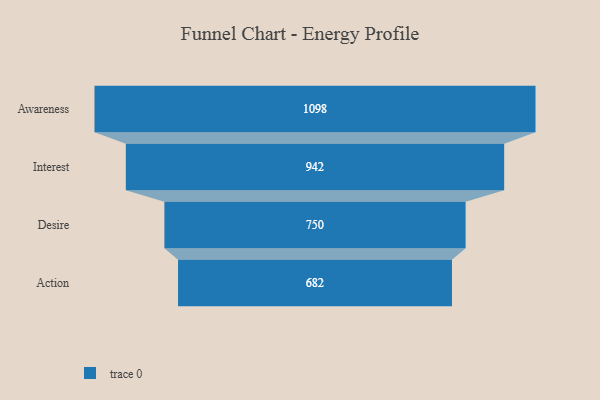
{"axis": {"x": "Stage", "y": "Value"}, "legend": [""], "data": [{"x": "Awareness", "y": 1098.0, "type": ""}, {"x": "Interest", "y": 942.0, "type": ""}, {"x": "Desire", "y": 750.0, "type": ""}, {"x": "Action", "y": 682.0, "type": ""}]}